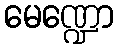
မေဏ္ဍော